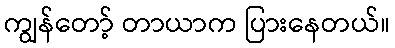
ကျွန်တော့် တာယာက ပြားနေတယ်။